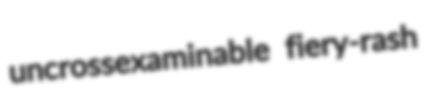
uncrossexaminable fiery-rash